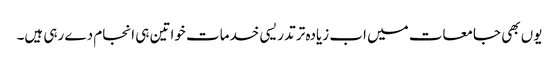
یوں بھی جامعات میں اب زیادہ تر تدریسی خدمات خواتین ہی انجام دے رہی ہیں۔